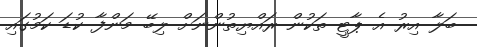
ބަލާ އިރު އެ ޕާޓީ ތަކުން ރައްޔިތުންނަށް ލިބޭ މަންފާ ކުޑަ ކަމުގައި